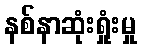
နစ်နာဆုံးရှုံးမှု